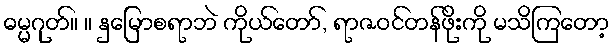
ဓမ္မဂုတ်။ ။ နှမြောစရာဘဲ ကိုယ်တော်, ရာဇဝင်တန်ဖိုးကို မသိကြတော့